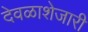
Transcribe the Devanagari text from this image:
देवळाशेजारी